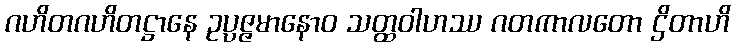
ဂဟိတဂဟိတဋ္ဌာနေ ဥပ္ပဇ္ဇမာနောဝ သတ္ထဝါဟဿ ဂတကာလတော ဌိတာဟိ